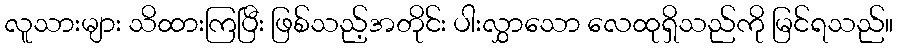
လူသားများ သိထားကြပြီး ဖြစ်သည့်အတိုင်း ပါးလွှာသော လေထုရှိသည်ကို မြင်ရသည်။